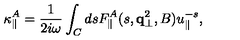
\kappa _ { \parallel } ^ { A } = { \frac { 1 } { 2 i \omega } } \int _ { C } d s F _ { \parallel } ^ { A } ( s , { \bf q } _ { \bot } ^ { 2 } , B ) u _ { \parallel } ^ { - s } ,